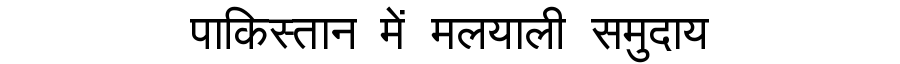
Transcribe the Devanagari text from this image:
पाकिस्तान में मलयाली समुदाय